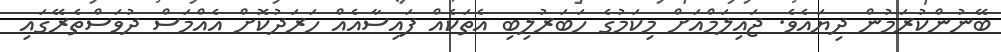
ބޭނުންކުރަމުން ދިޔައެވެ. ޖައިލަމްއަށް މިކަމުގެ ހަބަރުލިބި އެތަކެއް ފައިސާއެއް ހަރަދުކޮށް އެއްމަސް ދުވަސްތެރޭގައި